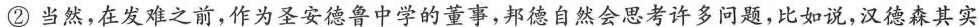
②当然，在发难之前，作为圣安德鲁中学的董事，邦德自然会思考许多问题，比如说，汉德森其实